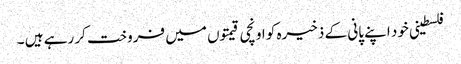
فلسطینی خود اپنے پانی کے ذخیرہ کو اونچی قیمتوں میں فروخت کر رہے ہیں ۔